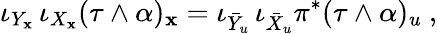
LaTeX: \iota_{Y_{\mathbf{x}}}\, \iota_{X_{\mathbf{x}}}(\tau\wedge\alpha)_{\mathbf{x}}=\iota_{\bar{{Y}}_{u}}\, \iota_{\bar{{X}}_{u}}\pi^{*}(\tau\wedge\alpha)_{u}\ ,